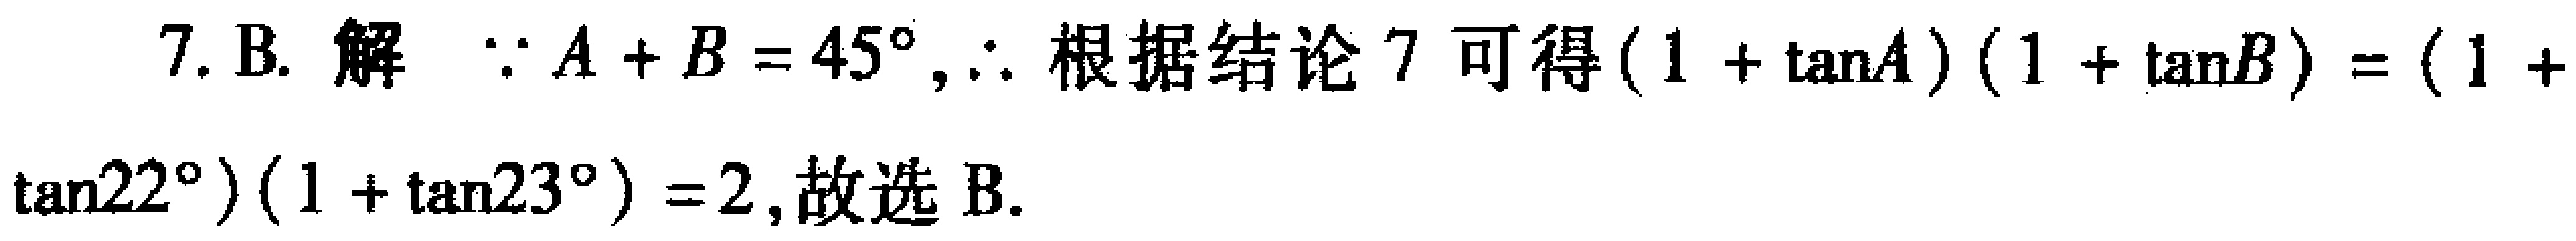
7. B. 解 $\because A + B = 45^{\circ},\therefore$ 根据结论 7 可得 $(1 + \tan A)(1 + \tan B)=(1 + \tan22^{\circ})(1 + \tan23^{\circ}) = 2$,故选 B.